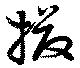
撥